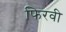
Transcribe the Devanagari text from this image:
फिरवी